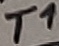
Text: T1